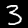
Digit: 3